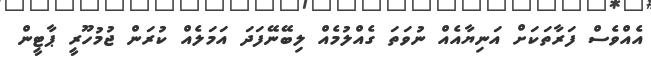
އެއްވެސް ފަރާތަކަށް އަނިޔާއެއް ނުވަތަ ގެއްލުމެއް ލިބޭނޭފަދަ އަމަލެއް ކުރަން ޖުމުހޫރީ ޕާޓީން